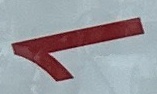
1